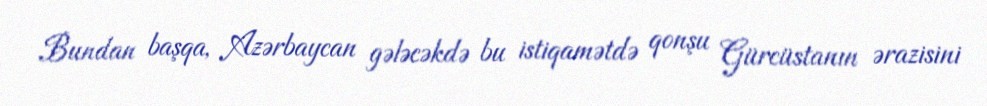
Bundan başqa, Azərbaycan gələcəkdə bu istiqamətdə qonşu Gürcüstanın ərazisini